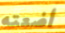
أضعته